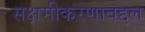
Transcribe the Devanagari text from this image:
सक्षमीकरणाबद्दल